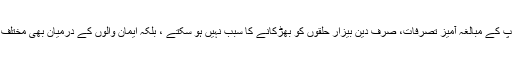
یہاں تک کہ آپ کی باتیں ،آپ کا رویہ اور آپ کے مبالغہ آمیز تصرفات، صرف دین بیزار حلقوں کو بھڑکانے کا سبب نہیں ہو سکتے ، بلکہ ایمان والوں کے درمیان بھی مختلف سطحوں پر جذبات کو برانگیختہ کرتے ہیں۔